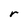
Character: r